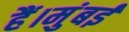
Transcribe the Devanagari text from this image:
हैं।मुंबई